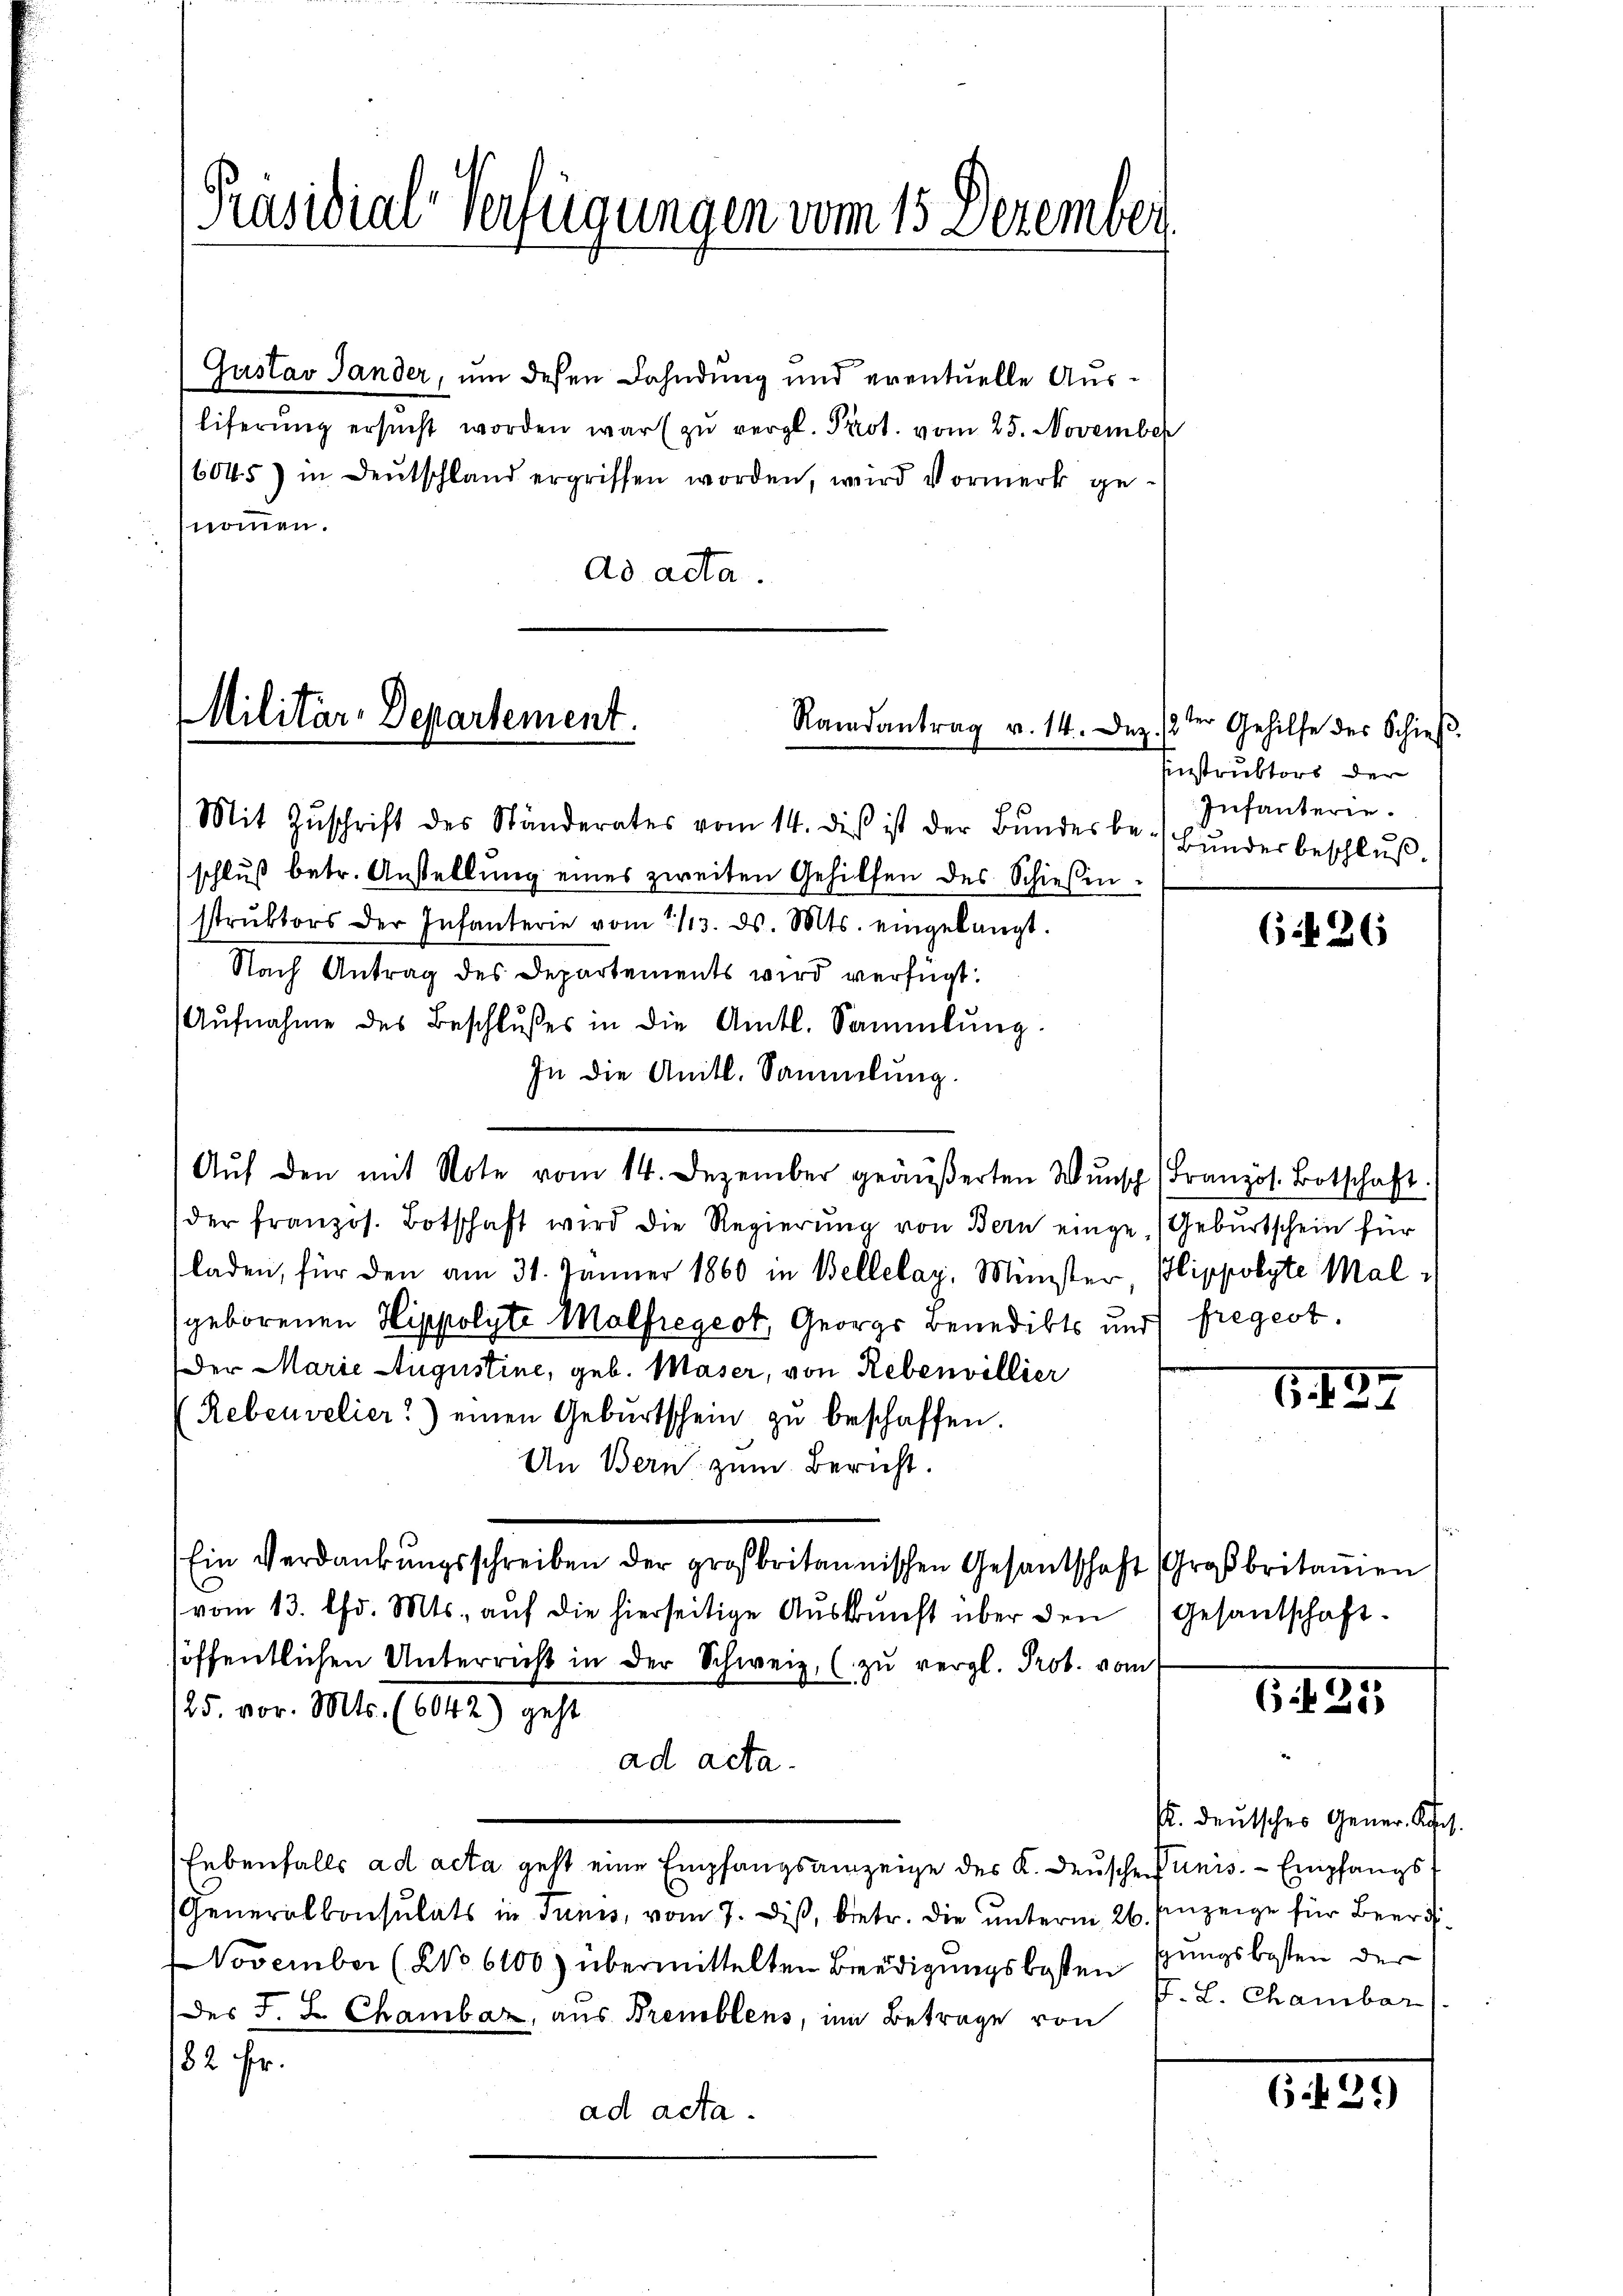
Präsidial-Verfügungen vom 15. Dezember

Gustav Sander, um dessen Dahndung und eventuelle Ausliferŭng ersŭcht worden war zŭ vergl. Prot. vom 25. November
6045) in Deutschland ergriffen worden, wird Vormerk genommen.
dd acta.

Militär-Departement.
Randantrag v. 14. Dez.

(Mit Zŭschrift des Ständerates vom 14. dies ist der Bŭndesbe-Bŭnder beschlŭβ-
schluß betr. Anstellung eines zweiten Gehilfen des Schiesinstrŭktors der Infanterie vom 1113. ds. Mts. eingelangt.
Nach Antrag des Departements wird verfügt:
Aŭfnahme des Beschlußes in die Amtl. Sammlung.
In die Anitl. Sammlung.
Aŭf den mit Note vom 14. Dezember geäußerten Wunsch (Französ. Botschaft.
der französ. Botschaft wird die Regierung von Bern einge-Geburtschein für
laden, für den am 31. Jänner 1860 in Bellelaz, Münster, Klippolyte Malgeborenen Hippolyte Malfregeot, Georgs Benedikts und fregert.
Der Marie Augustine, geb. Maser, von Rebenvillier
(Rebenvelier) einen Gebŭrtschein zŭ beschaffen.
Un Bern, zum Bericht.
Ein Verdankŭngsschreiben der großbritannischen Gesantschaft Großbritanien
vom 13. Chr. Mts. aŭf die hierseitige Aŭskŭnft über den (Gesandschaft.
höffentlichen Unterricht in der Schweiz. (zŭ vergl. Prot. vom
125. vor. Mts. (6042) geht
ad acta.
Eebenfalls ad acta geht eine Empfangsanzeige des K. Deuschen Junis. - Empfangs¬
(Generalkonsulats in Tunis, vom 7. Dieß, biete. Die unterm 26. Einzeige für Beerd
 November (No 6100) übermittelten Benedigungsbesten schungsbesten der
des J. J. Chambar, aus Premblens, im Betrage von
82 Fr.
ad acta.

3ter Gehilfe des Schieß.
Einstruktors der
Infanterie.

6 f 26

1494

65 f. 283

/. deutsches Gener-Rech
. L. Chambar

6. 459